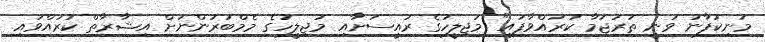
މަނިކުފާނު ވަނީ ތަރުޖަމާ ކުރައްވާފައި" މަޖިލީހުގެ ރައީސަށާއި މަޖިލީހުގެ މެމްބަރުންނަށް އިޝާރާތް ކުރައްވައި